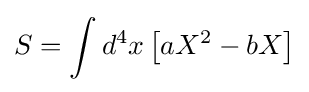
S=\int d^{4}x\left[aX^{2}-bX\right]